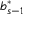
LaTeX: b _ { s - 1 } ^ { * }